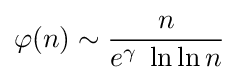
\varphi (n)\sim {\frac {n}{e^{\gamma }\;\ln \ln n}}